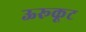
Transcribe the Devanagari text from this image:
ऊरूकूट